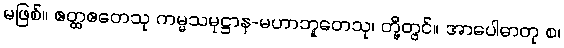
မဖြစ်။ ဧတ္ထဧတေသု ကမ္မသမုဋ္ဌာန-မဟာဘူတေသု၊ တို့တွင်။ အာပေါဓာတု စ၊